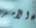
الأمر